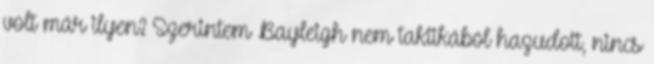
volt már ilyen? Szerintem Bayleigh nem taktikából hazudott, nincs